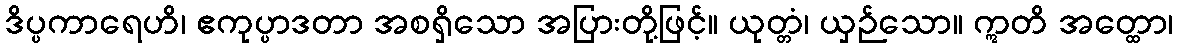
ဒိပ္ပကာရေဟိ၊ ဧကုပ္ပာဒတာ အစရှိသော အပြားတို့ဖြင့်။ ယုတ္တံ၊ ယှဉ်သော။ ဣတိ အတ္ထော၊